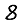
Digit: 8